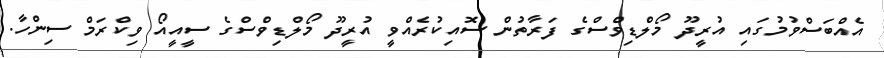
އެއްބަސްވުމުގައި އުރީދޫ މޯލްޑިވްސްގެ ފަރާތުން ސޮއިކުރެއްވީ އުރީދޫ މޯލްޑިވްސްގެ ސީއީއޯ ވިކްރަމް ސިންހާ.